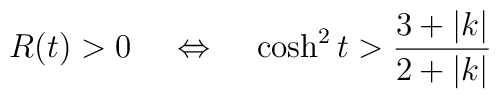
R(t)>0\;\;\;\;\Leftrightarrow\;\;\;\;\cosh^2 t  > \frac{3+|k|}{2+|k|}